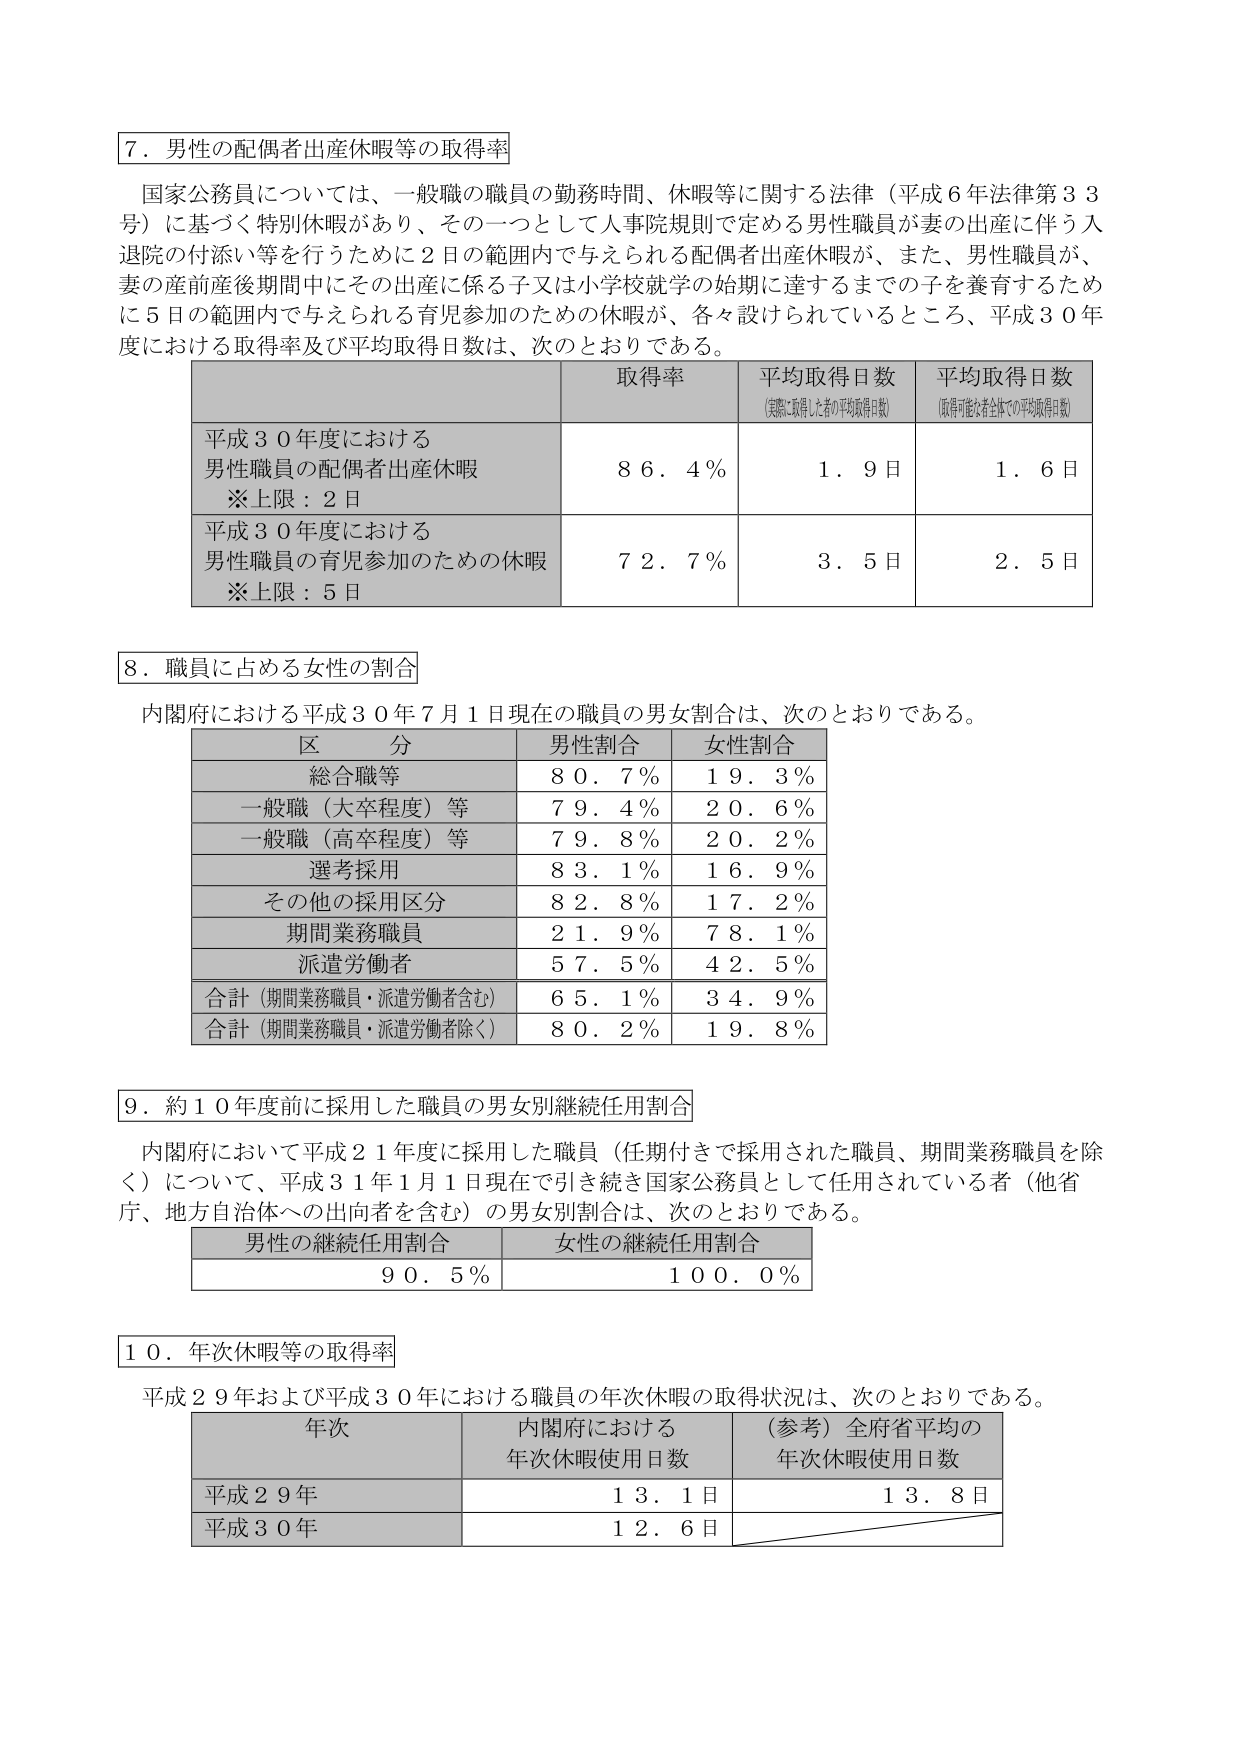
７．男性の配偶者出産休暇等の取得率

国家公務員については、一般職の職員の勤務時間、休暇等に関する法律（平成６年法律第３３号）に基づく特別休暇があり、その一つとして人事院規則で定める男性職員が妻の出産に伴う入退院の付添い等を行うために２日の範囲内で与えられる配偶者出産休暇が、また、男性職員が、妻の産前産後期間中にその出産に係る子女が小学校就学の始期に達するまでの子を養育するために５日の範囲内で与えられる育児参加のための休暇が、各々設けられているところ、平成３０年度における取得率及び平均取得日数は、次のとおりである。

取得率 平均取得日数（実際に取得した者の平均取得日数） 平均取得日数（取得可能な者全体での平均取得日数）
平成３０年度における男性職員の配偶者出産休暇 ※上限：２日 ８６．４％ １．９日 １．６日
平成３０年度における男性職員の育児参加のための休暇 ※上限：５日 ７２．７％ ３．５日 ２．５日

８．職員に占める女性の割合

内閣府における平成３０年７月１日現在の職員の男女割合は、次のとおりである。

区分 男性割合 女性割合
総合職等 ８０．７％ １９．３％
一般職（大卒程度）等 ７９．４％ ２０．６％
一般職（高卒程度）等 ７９．８％ ２０．２％
選考採用 ８３．１％ １６．９％
その他の採用区分 ８２．８％ １７．２％
期間業務職員 ２１．９％ ７８．１％
派遣労働者 ５７．５％ ４２．５％
合計（期間業務職員・派遣労働者含む） ６５．１％ ３４．９％
合計（期間業務職員・派遣労働者除く） ８０．２％ １９．８％

９．約１０年度前に採用した職員の男女別継続任用割合

内閣府において平成２１年度に採用した職員（任期付きで採用された職員、期間業務職員を除く）について、平成３１年１月１日現在で引き続き国家公務員として任用されている者（他省庁、地方自治体への出向者を含む）の男女別割合は、次のとおりである。

男性の継続任用割合 女性の継続任用割合
９０．５％ １００．０％

１０．年次休暇等の取得率

平成２９年および平成３０年における職員の年次休暇の取得状況は、次のとおりである。

年次 内閣府における年次休暇使用日数 （参考）全府省平均の年次休暇使用日数
平成２９年 １３．１日 １３．８日
平成３０年 １２．６日